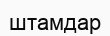
штамдар